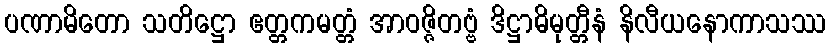
ပဏာမိတော သတိဋ္ဌော ဧတ္တကမတ္တံ အာဝဇ္ဇိတဗ္ဗံ ဒိဋ္ဌာဓိမုတ္တီနံ နိလီယနောကာသဿ